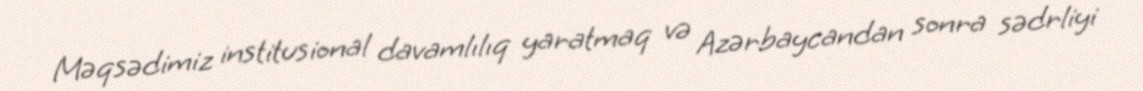
Məqsədimiz institusional davamlılıq yaratmaq və Azərbaycandan sonra sədrliyi